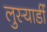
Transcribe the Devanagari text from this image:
लुस्यार्डी